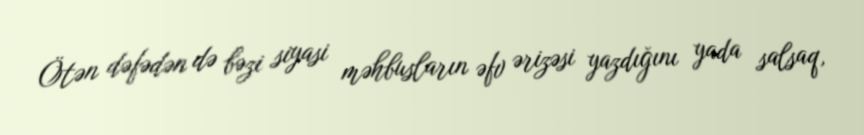
Ötən dəfədən də bəzi siyasi məhbusların əfv ərizəsi yazdığını yada salsaq,